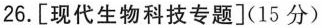
26.[现代生物科技专题](15分)